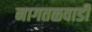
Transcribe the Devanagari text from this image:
नागतळवाडी